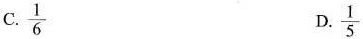
C. \frac{1}{6} D. \frac{1}{5}